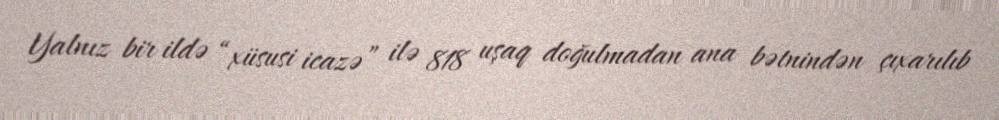
Yalnız bir ildə “xüsusi icazə” ilə 818 uşaq doğulmadan ana bətnindən çıxarılıb